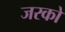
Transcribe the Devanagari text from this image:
जरको